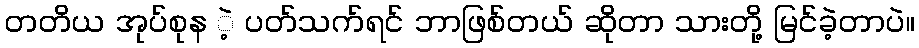
တတိယ အုပ်စုန ဲ့ ပတ်သက်ရင် ဘာဖြစ်တယ် ဆိုတာ သားတို့ မြင်ခဲ့တာပဲ။